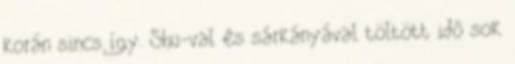
korán sincs így. Shu-val és sárkányával töltött idő sok